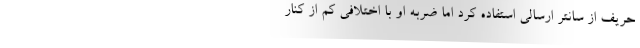
حریف از سانتر ارسالی استفاده کرد اما ضربه او با اختلافی کم از کنار